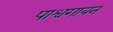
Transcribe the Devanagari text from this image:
पाश्वगायन